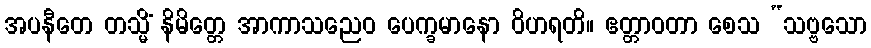
အပနီတေ တသ္မိံ နိမိတ္တေ အာကာသညေဝ ပေက္ခမာနော ဝိဟရတိ။ ဧတ္တာဝတာ စေသ “သဗ္ဗသော